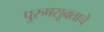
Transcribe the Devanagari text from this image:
पुरुषसूक्ताचे